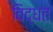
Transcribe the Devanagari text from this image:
विद्धत